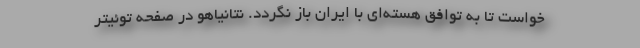
خواست تا به توافق هسته‌ای با ایران باز نگردد. نتانیاهو در صفحه توئیتر